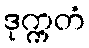
ဒုက္ကတံ